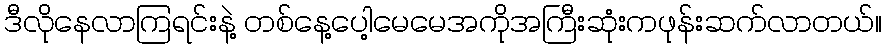
ဒီလိုနေလာကြရင်းနဲ့ တစ်နေ့ပေါ့မေမေအကိုအကြီးဆုံးကဖုန်းဆက်လာတယ်။